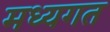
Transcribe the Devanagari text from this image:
मध्यगत